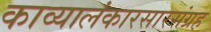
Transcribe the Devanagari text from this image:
काव्यालंकारसारसंग्रह